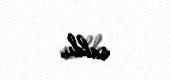
saldı.